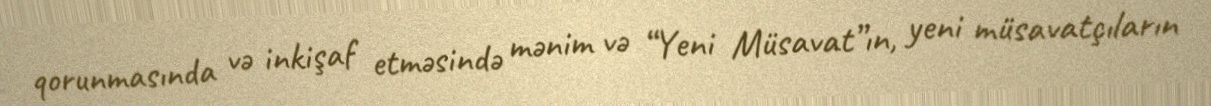
qorunmasında və inkişaf etməsində mənim və “Yeni Müsavat”ın, yeni müsavatçıların